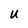
Character: U